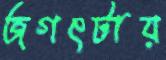
জগৎটায়